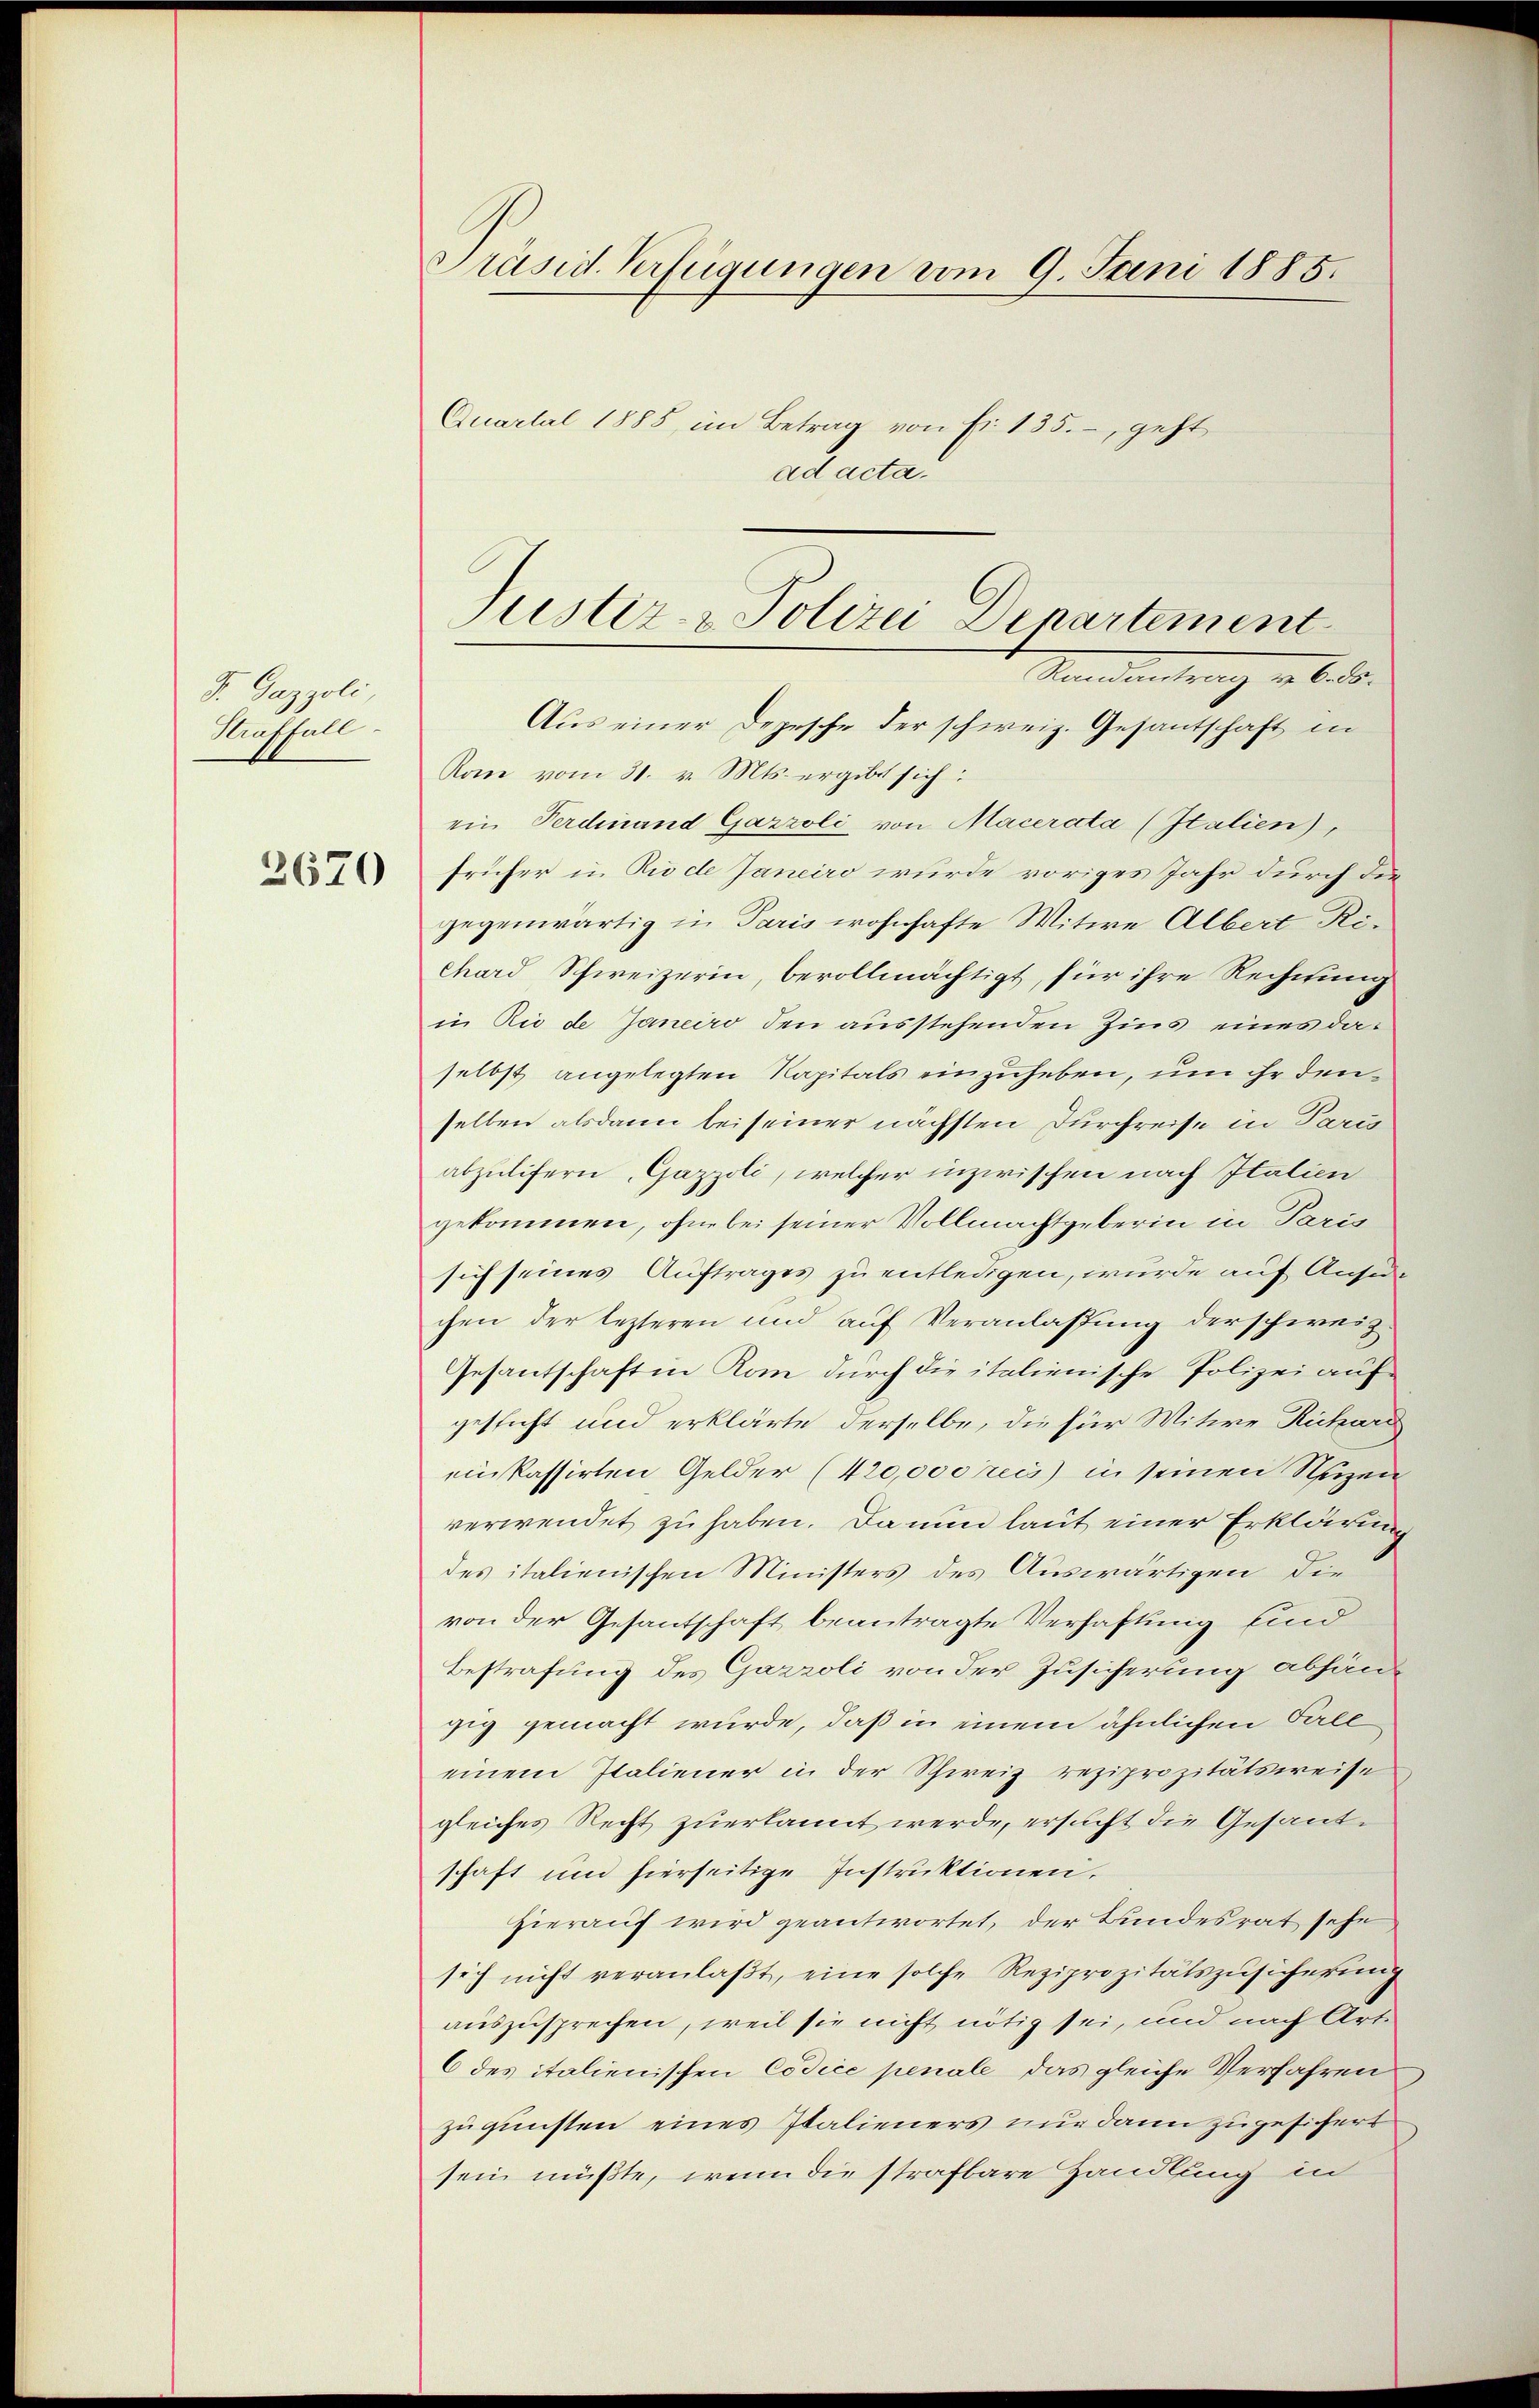
F. Gazzoli,
Straffall

2670

Präsid. Verfügungen vom 9. Juni 1885.
Quartal 1885 im Betrag von fr. 135., geht
ad acta.

Aus einer Depesche der schweiz. Gesantschaft in
Rom vom 31. v. Mts. ergibt sich:
ein Ferdinand Gazzoli von Macerata (Italien),
früher in Riode Janeiro wurde voriges Jahr durch die
gegenwärtig in Paris wohnhafte Witwe Albert Richard Schweizerin, bevollmächtigt, für ihre Rechnung
in Rio de Janeiro den ausstehenden Zins eines daselbst angelegten Kapitals einzuheben, um ihr denselben alsdann bei seiner nächsten Durchreise in Paris
abzulifern, Gazzoli, welcher inzwischen nach Italien
gekommen, ohne bei seiner Vollmachtgeberin in Paris
sich seines Auftrages zu entledigen, wurde auf Ansu-
chen der lezteren und auf Veranlassung der schweiz.
Gesantschaft in Rom durch die italienische Polizei aufgesicht und erklärte derselbe, die für Mitwe Richard
einkassirten Gelder (420,000 reis in seinen Nuzen
verwendet zu haben. Da nun laut einer Erklärung
des italienischen Ministers des Auswärtigen die
von der Gesantschaft beantragte Verhaftung sind
Bestrafung des Garzoli von der Zusicherung abhänzig gemacht wurde, daß in einem ähnlichen Verle
einem Italiener in der Schweiz reziprozitätsweise
gleiches Recht zuerkannt werde, ersucht die Gesandschaft und hierseitige Instruktionen.
hierauf wird geantwortet, der Bundesrat sehe
sich nicht veranlaβt, eine solche Reziprozitätszusicherung
auszusprechen, weil sie nicht nötig sei, und nach Art.
6 des italienischen Codice penale, das gleiche Verfahren
zu gunsten eines Italieners nur dann zugesichert
sein müßte, wenn die strafbare Handlung in

ustiz- & Polizei Departement
Ramantrag v. 6. ds.